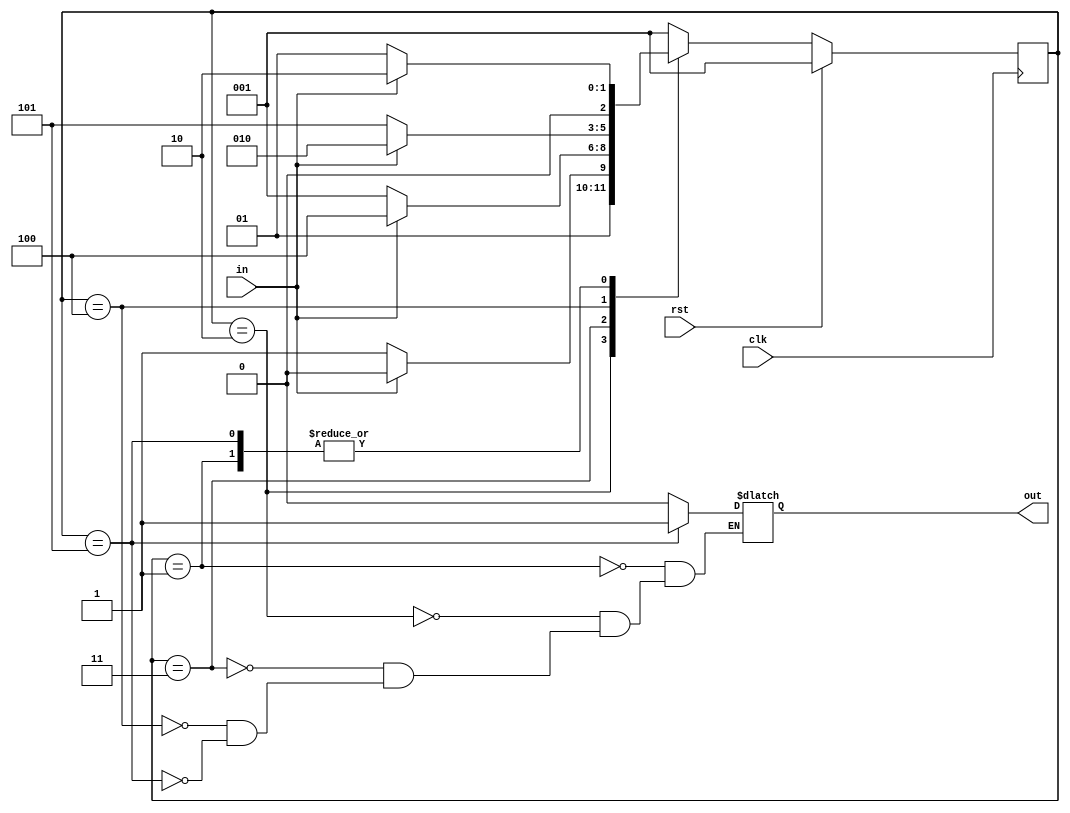
module fsm_moore_1010(
    input clk,
    input rst,
    input in,
    output reg out
    );
    reg [2:0]state,next_state;
    parameter s0 = 3'b001;
    parameter s1 = 3'b010;
    parameter s2 = 3'b011;
    parameter s3 = 3'b100;
    parameter s4 = 3'b101;
    
    always @ (state or in)
     begin
     case (state)
       s0: if (in == 1'b1)
              begin
             next_state = s1;
              out=1'b0;
              end
          else
              begin
              next_state = s0;
              out=1'b0;
              end
              
        s1: if (in == 1'b0)
              begin
              next_state = s2;
              out=1'b0;
              end
            else
              begin
              next_state = s1;
              out=1'b0;
              end 
              
        s2: if (in == 1'b1)
               begin
               next_state = s3;
               out=1'b0;
               end
            else
               begin
               next_state = s0;
               out=1'b0;
               end
               
         s3: if (in == 1'b0)
             begin
             next_state = s4;
             out=1'b0;
             end
           else
             begin
             next_state = s1;
             out=1'b0;
             end      
          
          s4: if (in == 1'b0)
             begin
             next_state = s0;
             out=1'b1;
             end
           else
             begin
             next_state = s1;
             out=1'b1;
             end 
          default: next_state = s0;   
       endcase
     end 
     
     always@(posedge clk)
               begin
                if (rst)
                  state <= s0;
                else 
                  state <= next_state;
               end       
endmodule